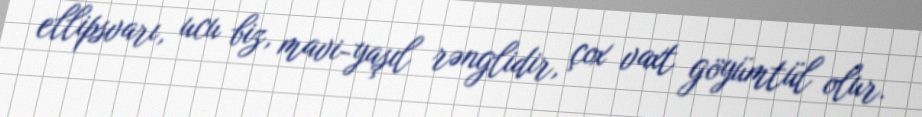
ellipsvarı, ucu biz, mavi-yaşıl rənglidir, çox vaxt göyümtül olur.